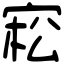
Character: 𡨭